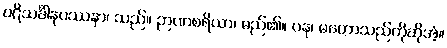
ပဋိသင်္ခါနုပဿနာ၊ သည်။ ဉာဏစရိယာ၊ မည်၏။ ပန၊ မဟောသည်ကိုဆိုအံ့။